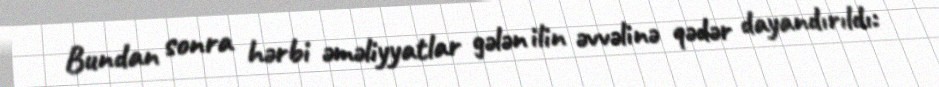
Bundan sonra hərbi əməliyyatlar gələn ilin əvvəlinə qədər dayandırıldı: